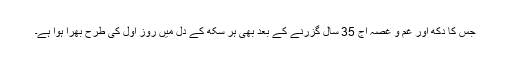
جس کا دکھ اور غم و غصہ آج 35 سال گزرنے کے بعد بھی ہر سکھ کے دل میں روز اول کی طرح بھرا ہوا ہے۔